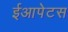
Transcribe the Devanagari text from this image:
ईआपेटस